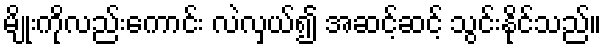
မျိုးကိုလည်းကောင်း လဲလှယ်၍ အဆင့်ဆင့် သွင်းနိုင်သည်။